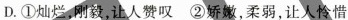
D.①灿烂，刚毅，让人赞叹②娇嫩，柔弱，让人怜惜